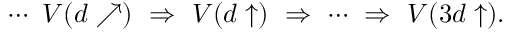
\cdots \, \, V ( d \nearrow ) \, \, \Rightarrow \, \, V ( d \uparrow ) \, \, \Rightarrow \, \, \cdots \, \, \Rightarrow \, \, V ( 3 d \uparrow ) .